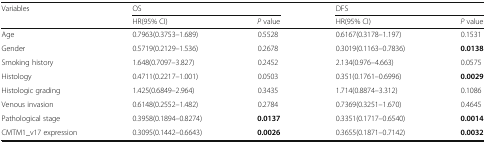
<table><thead><tr><td rowspan="2"><b>Variables</b></td><td colspan="2"><b>OS</b></td><td colspan="2"><b>DFS</b></td></tr><tr><td><b>HR(95% CI)</b></td><td><b><i>P</i> value</b></td><td><b>HR(95% CI)</b></td><td><b><i>P</i> value</b></td></tr></thead><tbody><tr><td>Age</td><td>0.7963(0.3753–1.689)</td><td>0.5528</td><td>0.6167(0.3178–1.197)</td><td>0.1531</td></tr><tr><td>Gender</td><td>0.5719(0.2129–1.536)</td><td>0.2678</td><td>0.3019(0.1163–0.7836)</td><td><b>0.0138</b></td></tr><tr><td>Smoking history</td><td>1.648(0.7097–3.827)</td><td>0.2452</td><td>2.134(0.976–4.663)</td><td>0.0575</td></tr><tr><td>Histology</td><td>0.4711(0.2217–1.001)</td><td>0.0503</td><td>0.351(0.1761–0.6996)</td><td><b>0.0029</b></td></tr><tr><td>Histologic grading</td><td>1.425(0.6849–2.964)</td><td>0.3435</td><td>1.714(0.8874–3.312)</td><td>0.1086</td></tr><tr><td>Venous invasion</td><td>0.6148(0.2552–1.482)</td><td>0.2784</td><td>0.7369(0.3251–1.670)</td><td>0.4645</td></tr><tr><td>Pathological stage</td><td>0.3958(0.1894–0.8274)</td><td><b>0.0137</b></td><td>0.3351(0.1717–0.6540)</td><td><b>0.0014</b></td></tr><tr><td>CMTM1_v17 expression</td><td>0.3095(0.1442–0.6643)</td><td><b>0.0026</b></td><td>0.3655(0.1871–0.7142)</td><td><b>0.0032</b></td></tr></tbody></table>